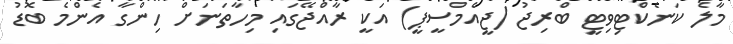
މާލެ ކަނެކްޓިވިޓީ ބްރިޖު (ޖީއެމްސީޕީ) އަކީ ރާއްޖޭގައި މިހާތަނަށް ހިންގާ އެންމެ ބޮޑު